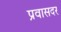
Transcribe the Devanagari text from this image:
प्रवासदर